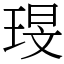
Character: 琝